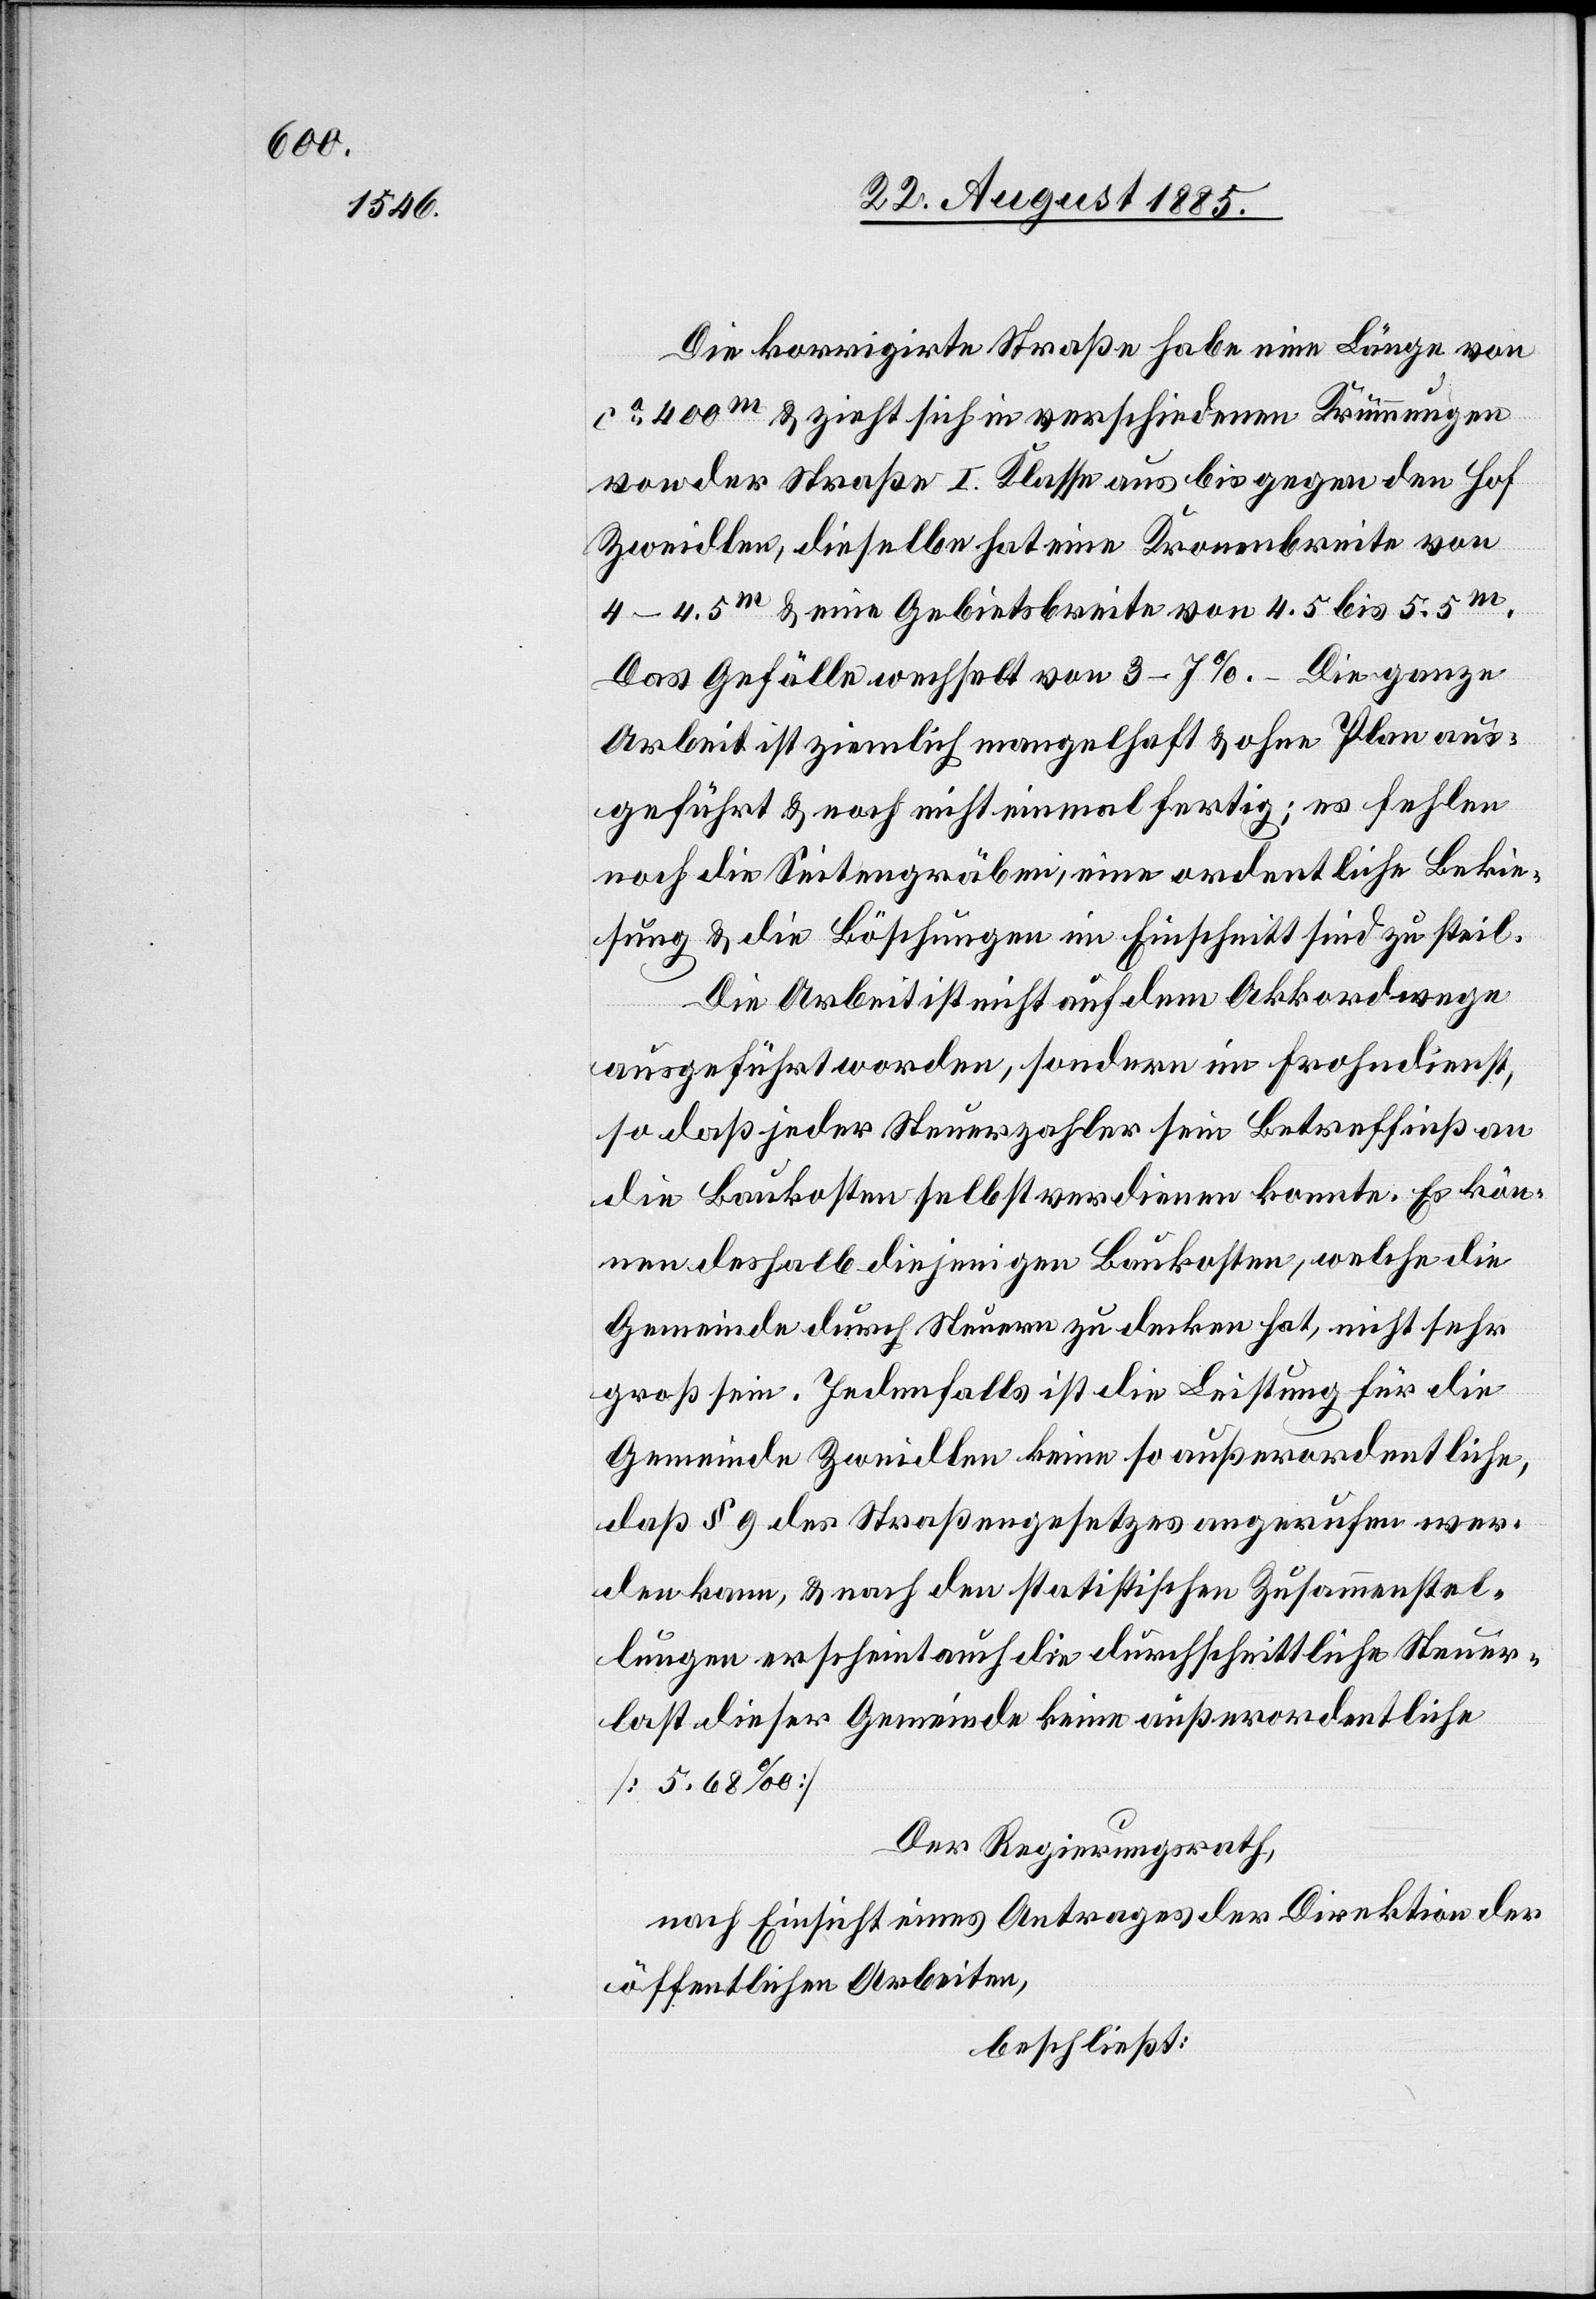
Die korrigirte Straße habe eine Länge von
ca 400m & zieht sich in verschiedenen Krümmungen
von der Straße I. Klasse aus bis gegen den Hof
Zweidlen, dieselbe hat eine Kronenbreite von
4–4.5m & eine Gebietsbreite von 4.5 bis 5.5m.
Das Gefälle wechselt von 3–7%. – Die ganze
Arbeit ist ziemlich mangelhaft & ohne Plan aus¬
geführt & noch nicht einmal fertig; es fehlen
noch die Seitengräben, eine ordentliche Bekie¬
sung & die Böschungen im Einschnitt sind zu steil.
Die Arbeit ist nicht auf dem Akkordwege
ausgeführt worden, sondern im Frohndienst,
so daß jeder Steuerzahler sein Betreffniß an
die Baukosten selbst verdienen konnte. Es kön¬
nen deshalb diejenigen Baukosten, welche die
Gemeinde durch Steuern zu decken hat, nicht sehr
groß sein. Jedenfalls ist die Leistung für die
Gemeinde Zweidlen keine so außerordentliche,
daß § 9 des Straßengesetzes angerufen wer¬
den kann, & nach den statistischen Zusammenstel¬
lungen erscheint auch die durchschnittliche Steuer¬
last dieser Gemeinde keine außerordentliche
[5.68‰]
Der Regierungsrath,
nach Einsicht eines Antrages der Direktion der
öffentlichen Arbeiten,
beschließt: